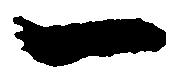
一